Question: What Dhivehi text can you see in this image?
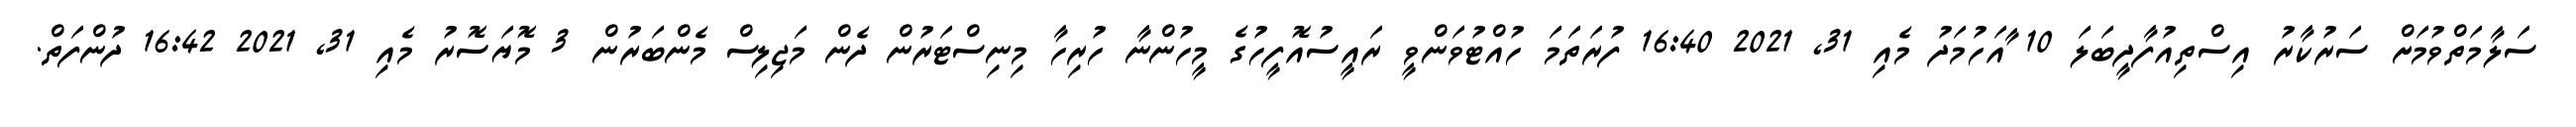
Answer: ސަލާމަތްވުމަށް ސަރުކާރު އިސްތިއުފާދީބަލަ 10 ާއަހުމަދު މެއި 31, 2021 16:40 ފުރަތަމަ ހުއްޓުވަންވީ ރައީސުއޮފީހުގެ މީހުންނާ ހުރިހާ މިނިސްޓަރުން ދެން މަޖިލިސް މެންބަރުން 3 މޮޔަސޮރު މެއި 31, 2021 16:42 ދުންފަތް.